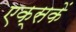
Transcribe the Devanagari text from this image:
एक्सकें